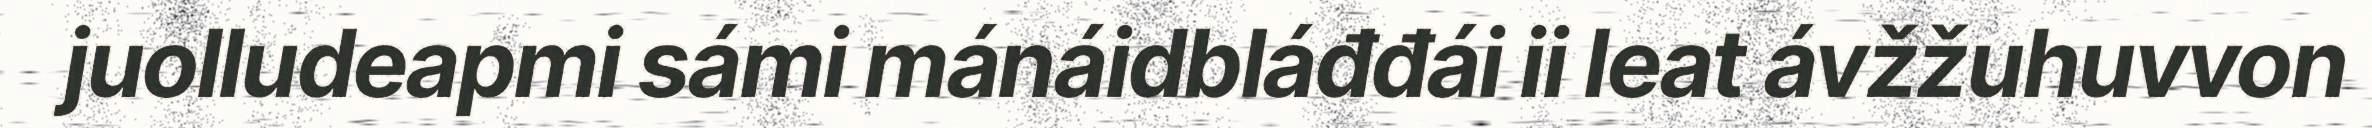
juolludeapmi sámi mánáidbláđđái ii leat ávžžuhuvvon